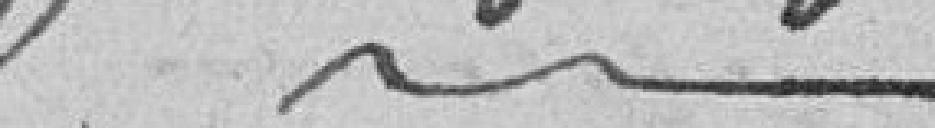
---------